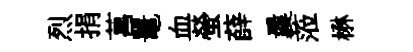
烈捐菖鼉血螢薛曩蒞楙